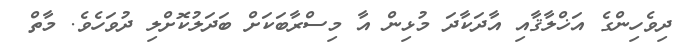
ދިވެހިންގެ އަޚްލާޤާއި އާދަކާދަ މުޅިން އާ މިސްރާބަކަށް ބަދަލުކޮށްލި ދުވަހެވެ. މާތް